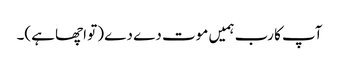
آپ کا رب ہمیں موت دے دے (تو اچھا ہے)۔